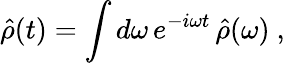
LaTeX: \hat{\rho}(t)=\int d\omega\, e^{-i\omega t}\, \hat{\rho}(\omega)\mathrm{~,~}